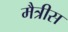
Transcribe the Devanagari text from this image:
मैत्रीस